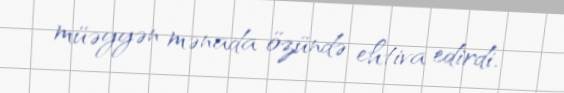
müəyyən mənada özündə ehtiva edirdi.